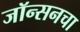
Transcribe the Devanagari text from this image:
जॉन्सनचा